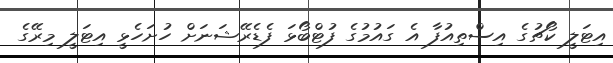
އިޓަލީ ކޯޗުގެ އިސްތިއުފާ އެ ގައުމުގެ ފުޓްބޯޅަ ފެޑެރޭޝަނަށް ހުށަހެޅީ އިޓަލީ މިރޭގެ